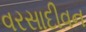
વરસાદીવન